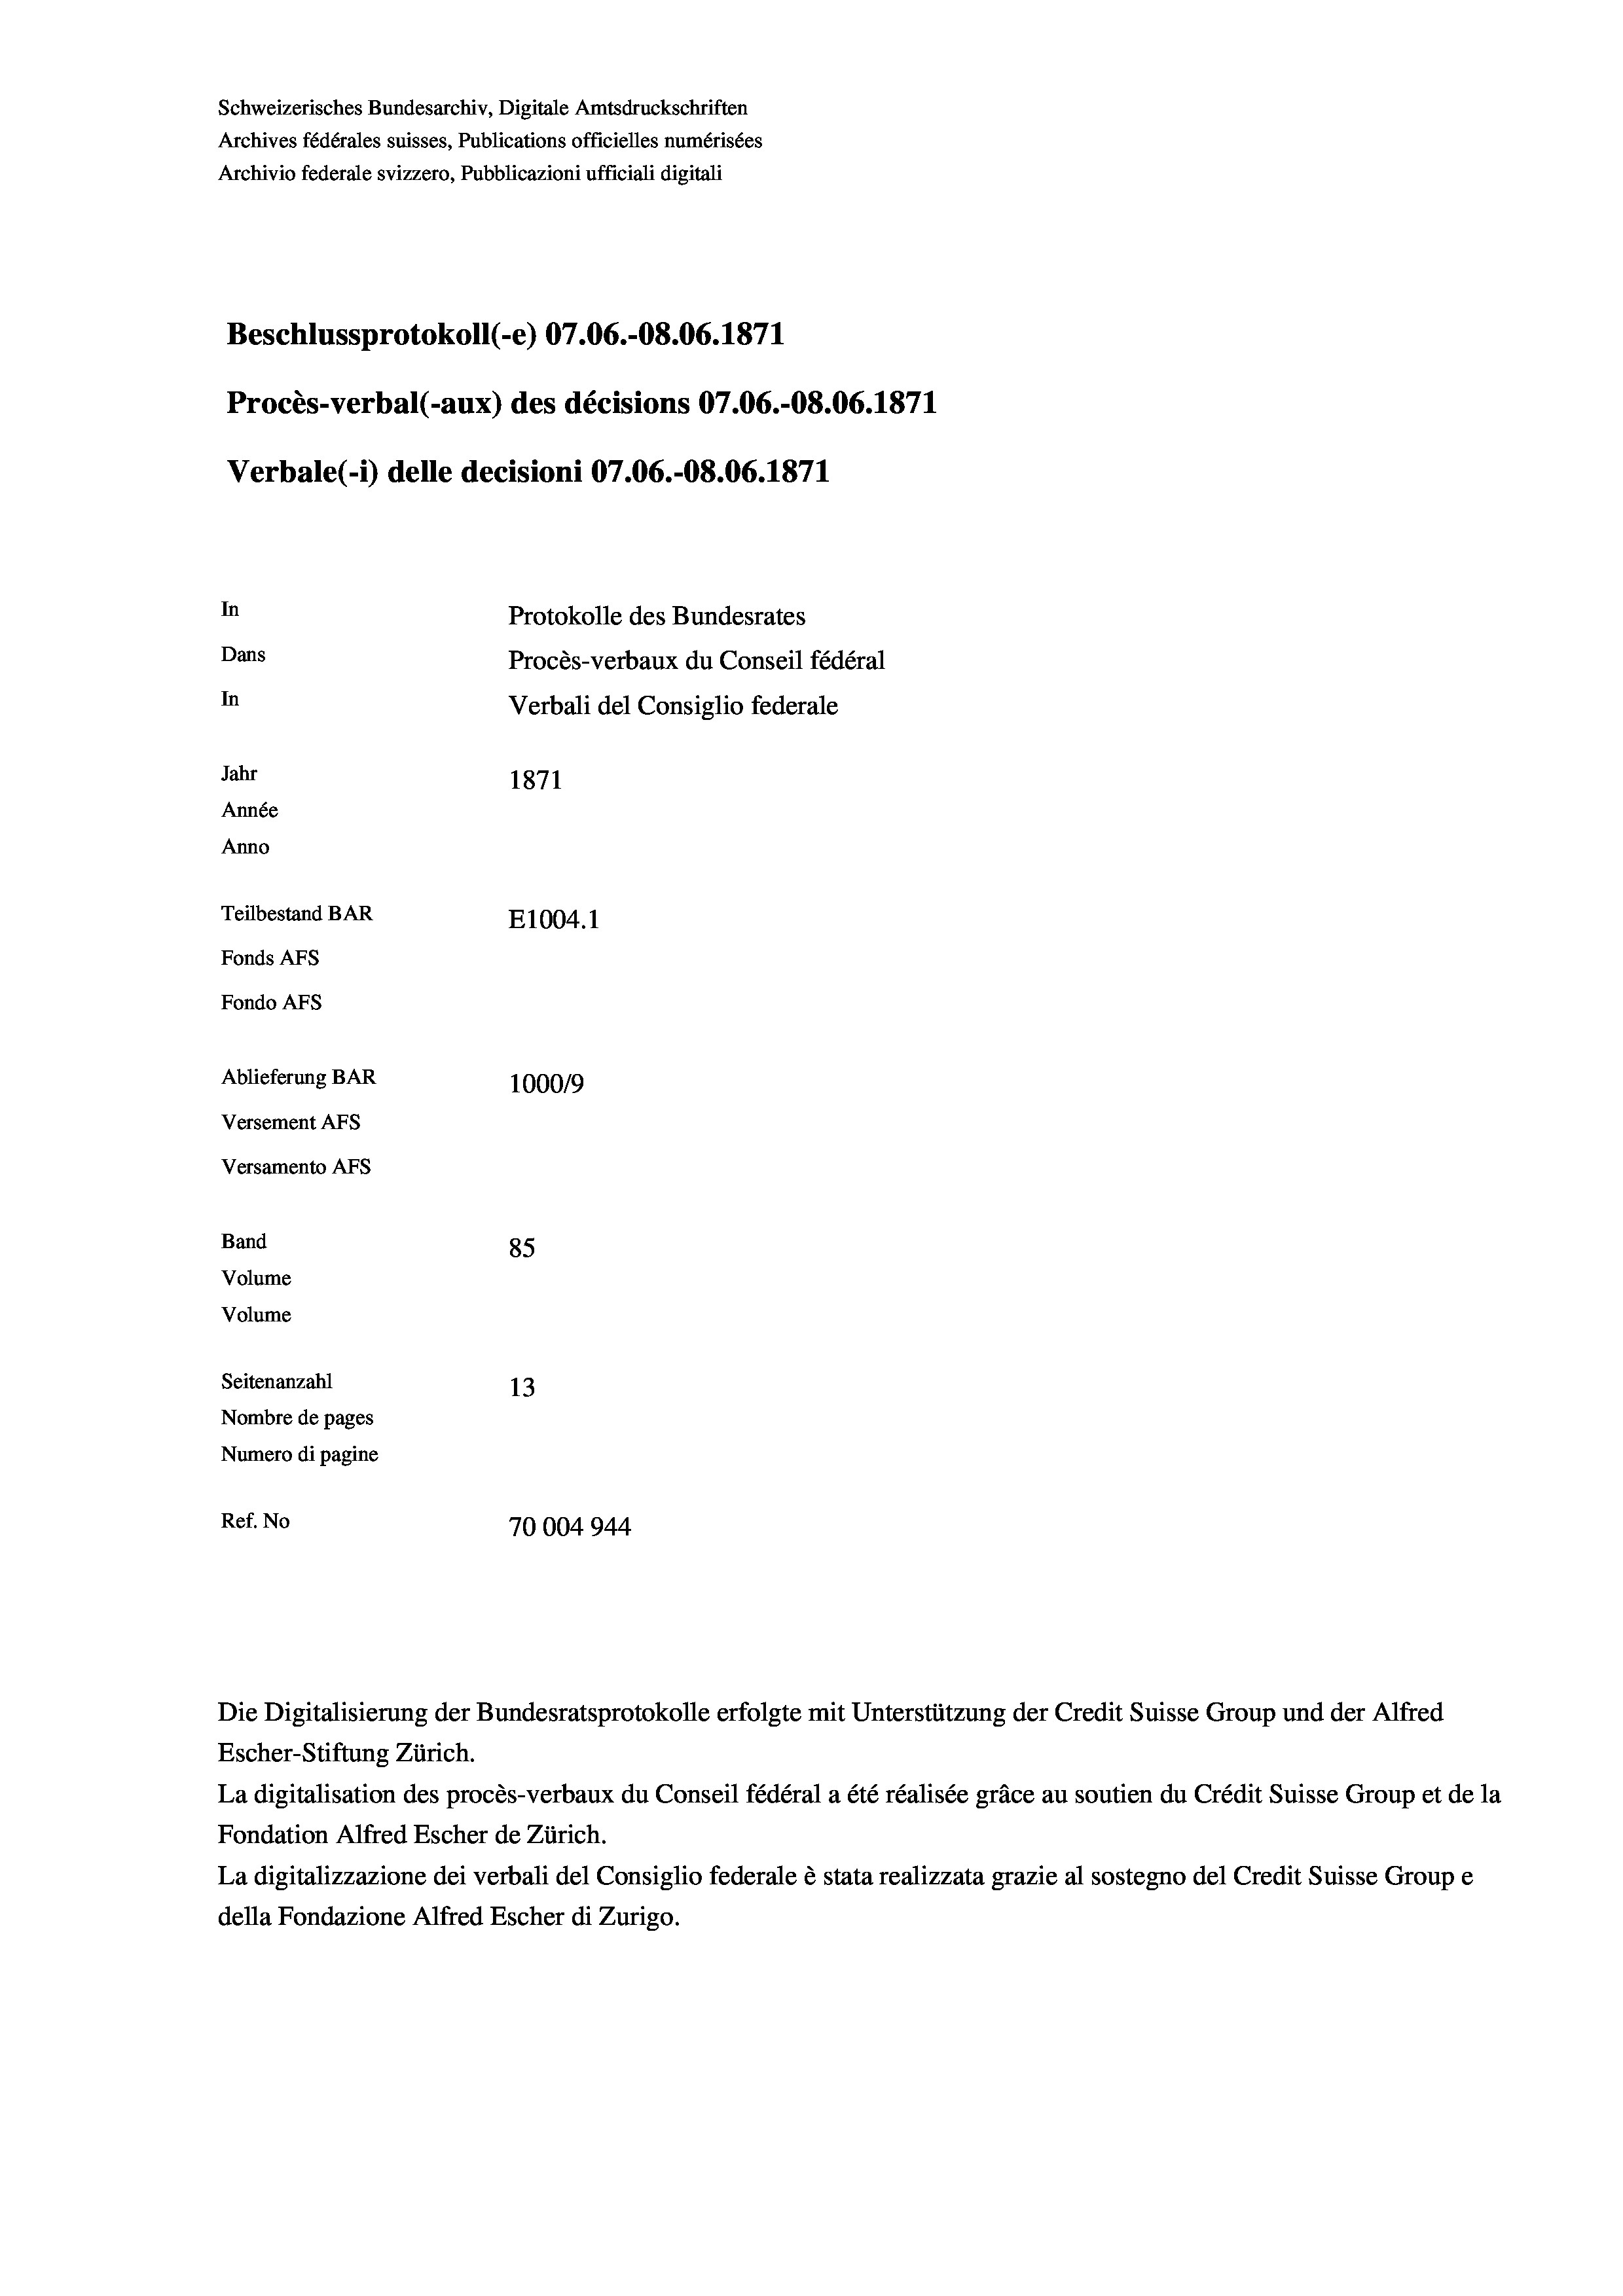
Schweizerisches Bundesarchiv, Digitale Amtsdruckschriften
Archives fédérales suisses, Publications officielles numérisées
Archivio federale svizzero, Pubblicazioni ufficiali digitali
Beschlussprotokoll (-e) 07.06.-O8.06. 1871
Procès-verbal (-aux) des décisions 07.06.-O8.06. 1871
Verbale (- 1) delle decisioni 07.06.-O8.06. 1871
In
Protokolle des Bundesrates
Dans
Procès-verbaux du Conseil fédéral
In
Verbali del Consiglio federale
Jahr
1871
Année
Anno
Teilbestand BAR
E1004. 1
Fonds Afs
Fondo Afs
Ablieferung BAR
100019
Versement AFs
Versamento AFs

85
Seitenanzahl
13
Nombre de pages
Numero di pagine
Ref. No
70004944

Band
Volume

Volume

Escher-Stiftung Zürich.
La digitalisation des procès-verbaux du Conseil fédéral a été réalisée gräce au soutien du Crédit Suisse Group et de la
Fondation Alfred Escher de Zürich.
La digitalizzazione dei verbali del Consiglio federale è stata realizzata grazie al sostegno del Credit Suisse Groupe
della Fondazione Alfred Escher di Zurigo.

Die Digitalisierung der Bundesratsprotokolle erfolgte mit Unterstützung der Credit Suisse Group und der Alfred